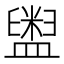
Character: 𱲛